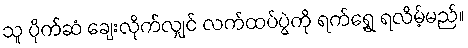
သူ ပိုက်ဆံ ချေးလိုက်လျှင် လက်ထပ်ပွဲကို ရက်ရွှေ့ ရလိမ့်မည်။